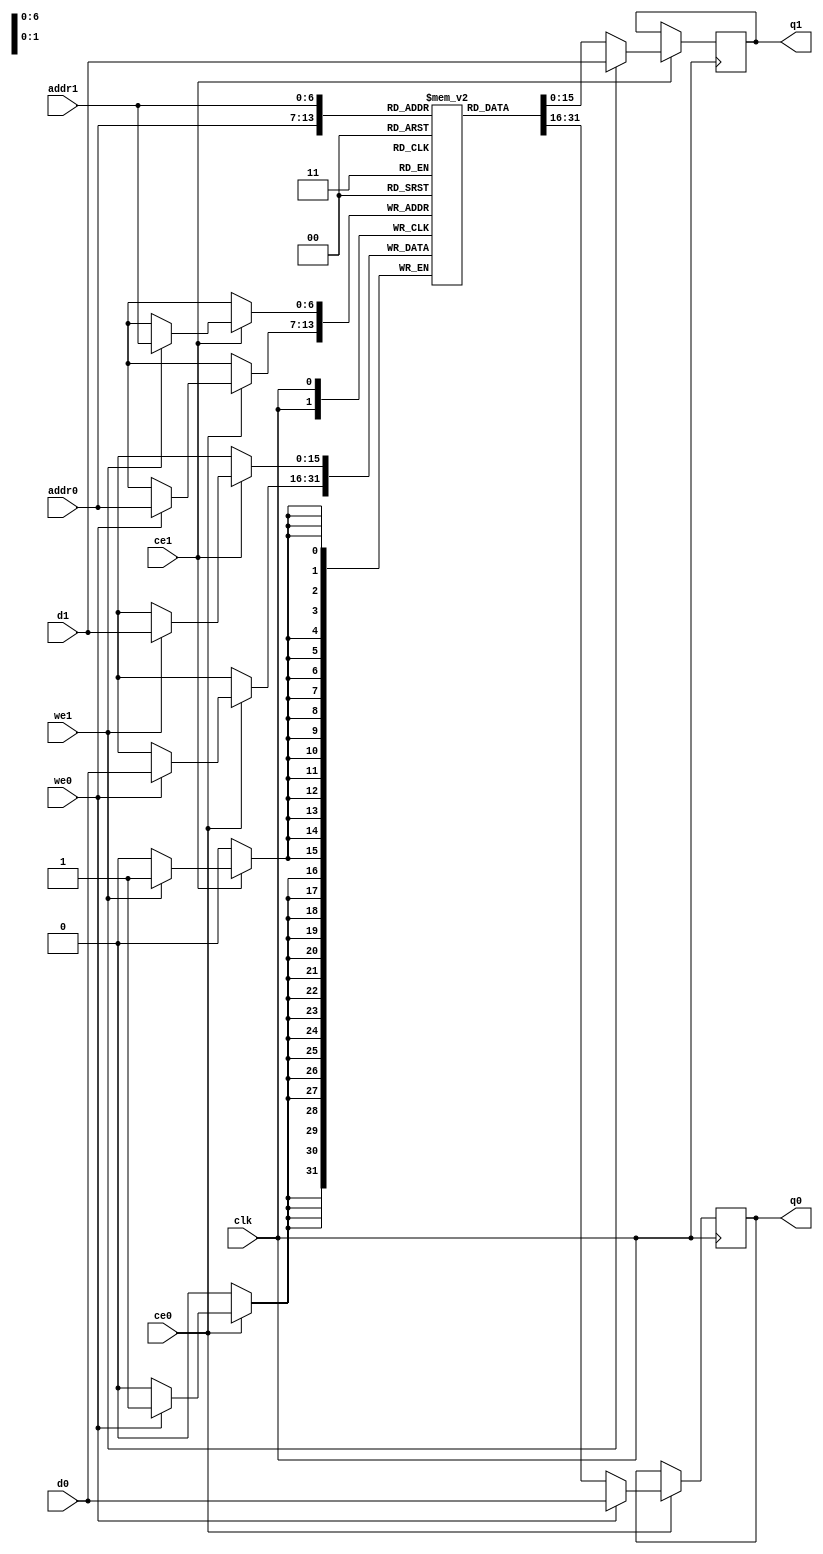
// ==============================================================
// File generated by Vivado(TM) HLS - High-Level Synthesis from C, C++ and SystemC
// Version: 2017.4
// Copyright (C) 1986-2017 Xilinx, Inc. All Rights Reserved.
// 
// ==============================================================

`timescale 1 ns / 1 ps
module dct_buf_2d_out_memcore_ram (addr0, ce0, d0, we0, q0, addr1, ce1, d1, we1, q1,  clk);

parameter DWIDTH = 16;
parameter AWIDTH = 7;
parameter MEM_SIZE = 128;

input[AWIDTH-1:0] addr0;
input ce0;
input[DWIDTH-1:0] d0;
input we0;
output reg[DWIDTH-1:0] q0;
input[AWIDTH-1:0] addr1;
input ce1;
input[DWIDTH-1:0] d1;
input we1;
output reg[DWIDTH-1:0] q1;
input clk;

(* ram_style = "block" *)reg [DWIDTH-1:0] ram[0:MEM_SIZE-1];




always @(posedge clk)  
begin 
    if (ce0) 
    begin
        if (we0) 
        begin 
            ram[addr0] <= d0; 
            q0 <= d0;
        end 
        else 
            q0 <= ram[addr0];
    end
end


always @(posedge clk)  
begin 
    if (ce1) 
    begin
        if (we1) 
        begin 
            ram[addr1] <= d1; 
            q1 <= d1;
        end 
        else 
            q1 <= ram[addr1];
    end
end


endmodule


`timescale 1 ns / 1 ps
module dct_buf_2d_out_memcore(
    reset,
    clk,
    address0,
    ce0,
    we0,
    d0,
    q0,
    address1,
    ce1,
    we1,
    d1,
    q1);

parameter DataWidth = 32'd16;
parameter AddressRange = 32'd128;
parameter AddressWidth = 32'd7;
input reset;
input clk;
input[AddressWidth - 1:0] address0;
input ce0;
input we0;
input[DataWidth - 1:0] d0;
output[DataWidth - 1:0] q0;
input[AddressWidth - 1:0] address1;
input ce1;
input we1;
input[DataWidth - 1:0] d1;
output[DataWidth - 1:0] q1;



dct_buf_2d_out_memcore_ram dct_buf_2d_out_memcore_ram_U(
    .clk( clk ),
    .addr0( address0 ),
    .ce0( ce0 ),
    .d0( d0 ),
    .we0( we0 ),
    .q0( q0 ),
    .addr1( address1 ),
    .ce1( ce1 ),
    .d1( d1 ),
    .we1( we1 ),
    .q1( q1 ));

endmodule